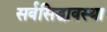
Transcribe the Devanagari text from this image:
सर्वसिद्धावस्था